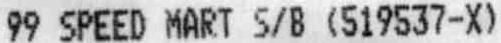
99 SPEED MART S/B (519537-X)